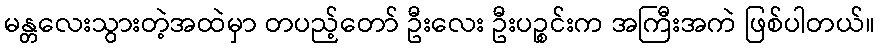
မန္တလေးသွားတဲ့အထဲမှာ တပည့်တော် ဦးလေး ဦးပဉ္စင်းက အကြီးအကဲ ဖြစ်ပါတယ်။